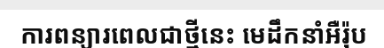
ការពន្យារពេលជាថ្មីនេះ មេដឹកនាំអឺរ៉ុប